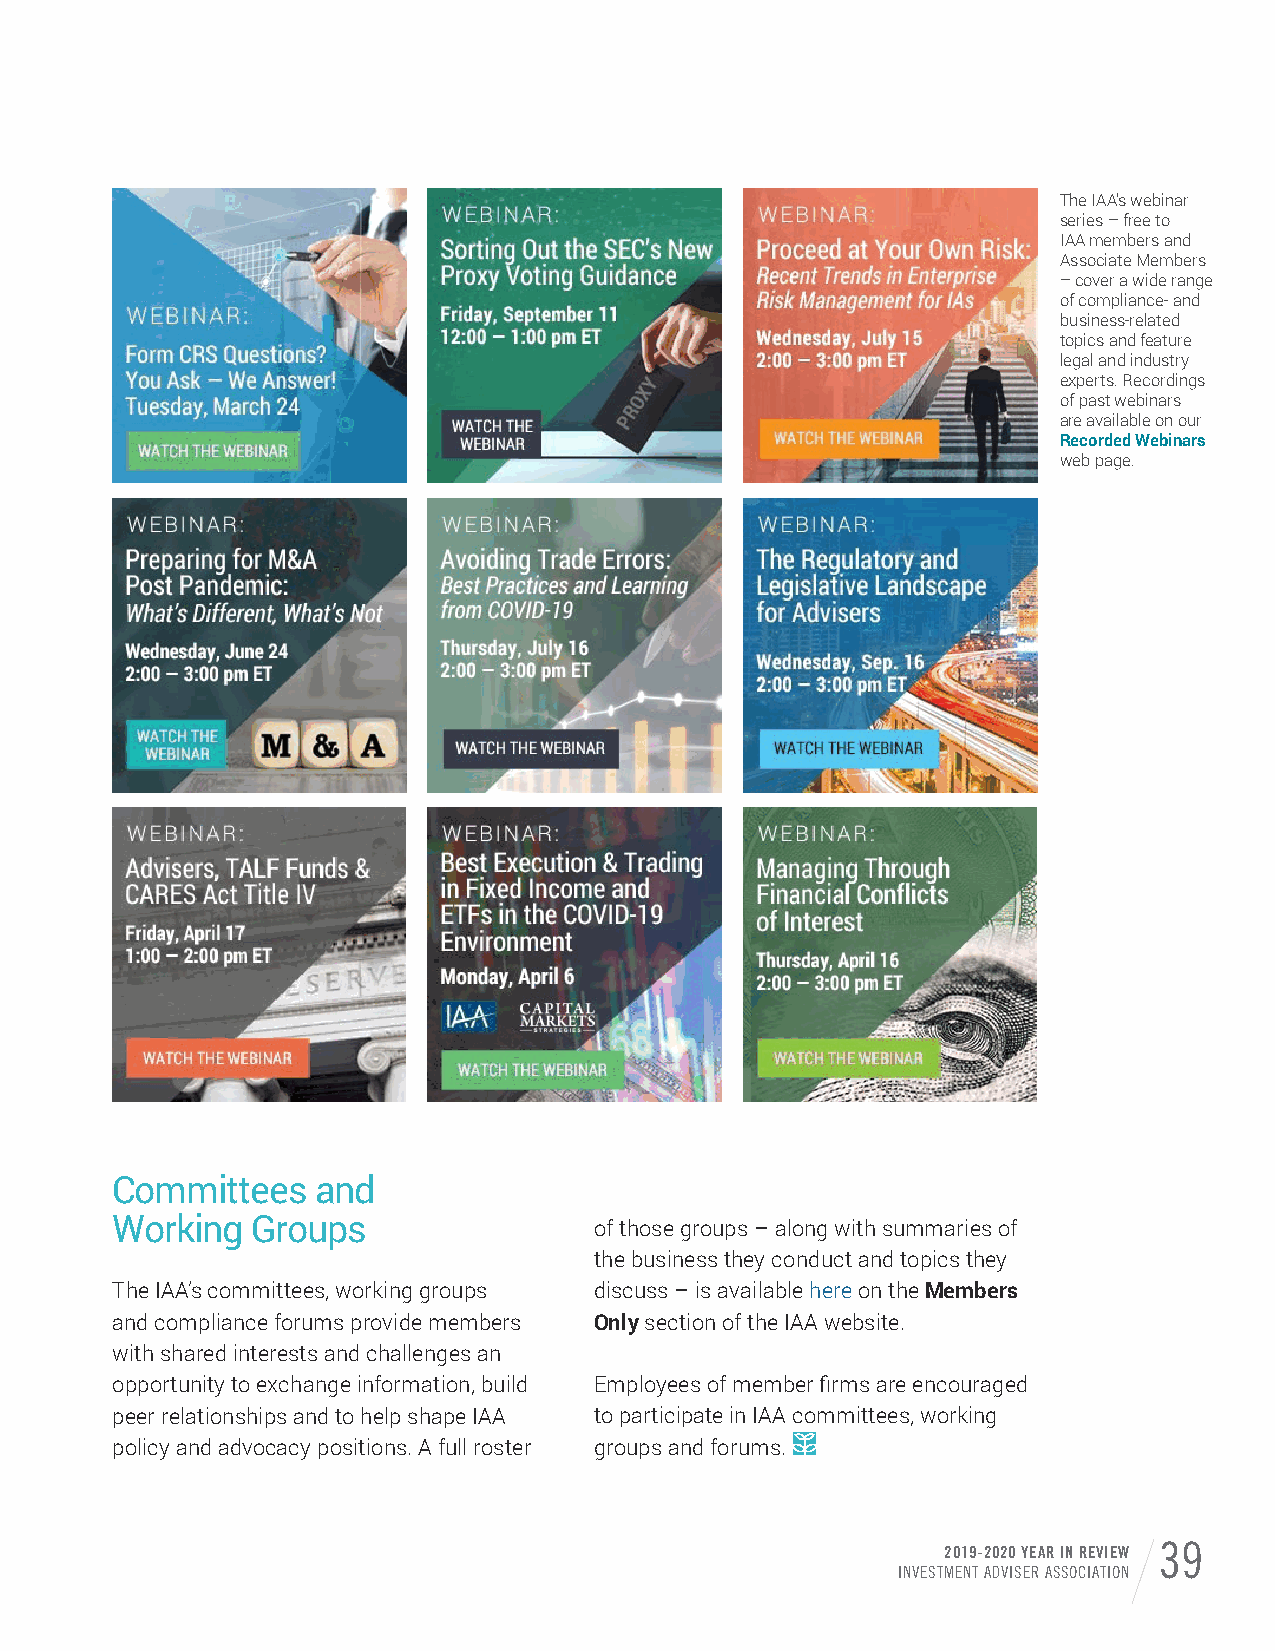
The IAA’s webinar
 series – free to
 IAA members and
 Associate Members
 – cover a wide range
 of compliance- and
 business-related
 topics and feature
 legal and industry
 experts. Recordings
 of past webinars
 are available on our
 Recorded Webinars
 web page.
 Committees    and
 Working   Groups                of those groups – along with summaries of
 the business they conduct and topics they
 The IAA’s committees, working groups discuss – is available here on the Members
 and compliance forums provide members Only section of the IAA website.
 with shared interests and challenges an
 opportunity to exchange information, build Employees of member firms are encouraged
 peer relationships and to help shape IAA to participate in IAA committees, working
 policy and advocacy positions. A full roster groups and forums.
 2019-2020 YEAR IN REVIEW 39
 INVESTMENT ADVISER ASSOCIATION